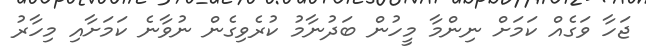
ޖަހާ ވަގެއް ކަމަށް ނިންމާ މީހުން ބަދުނާމު ކުރެވިގެން ނުވާނެ ކަމަށާއި މިހާރު